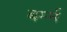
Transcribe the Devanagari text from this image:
बर्म्म